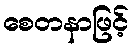
စေတနာဖြင့်